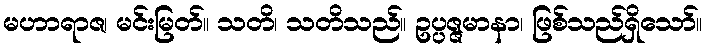
မဟာရာဇ၊ မင်းမြတ်။ သတိ၊ သတိသည်။ ဥပ္ပဇ္ဇမာနာ၊ ဖြစ်သည်ရှိသော်။